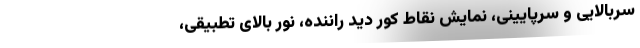
سربالایی و سرپایینی، نمایش نقاط کور دید راننده، نور بالای تطبیقی،